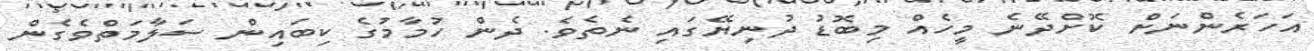
އަހަރެންނަށް ކޮށްދޭނެ މީހެއް މިބޮޑު ދުނިޔޭގައި ނެތެވެ. ދެން ހުމާމުގެ ކިބައިން ސަލާމަތްވެގެން